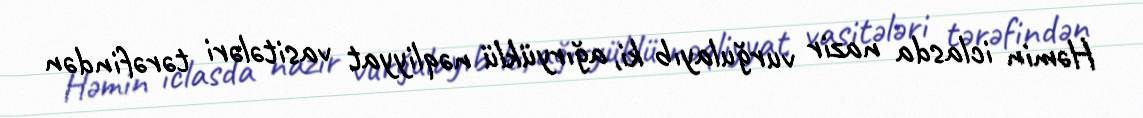
Həmin iclasda nazir vurğulayıb ki, ağıryüklü nəqliyyat vasitələri tərəfindən